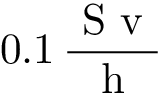
0 . 1 \, \frac { \mathrm { ~ S ~ v ~ } } { \mathrm { ~ h ~ } }